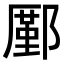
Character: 𨞋